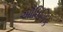
ઔધિગિક